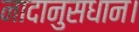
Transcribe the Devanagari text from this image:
नादानुसधान।